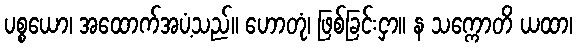
ပစ္စယော၊ အထောက်အပံ့သည်။ ဟောတုံ၊ ဖြစ်ခြင်းငှာ။ န သက္ကောတိ ယထာ၊